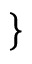
\left. \begin{array} { r l } \end{array} \right\}